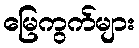
မြေကွက်များ